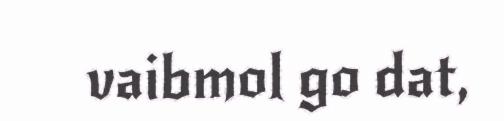
vaibmol go dat,